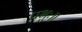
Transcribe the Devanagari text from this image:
प्रभुः॥